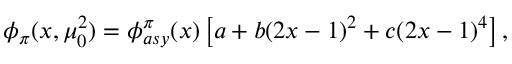
\phi _ { \pi } ( x , \mu _ { 0 } ^ { 2 } ) = \phi _ { a s y } ^ { \pi } ( x ) \left[ a + b ( 2 x - 1 ) ^ { 2 } + c ( 2 x - 1 ) ^ { 4 } \right] ,